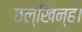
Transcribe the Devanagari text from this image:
छल्खिन्ह।